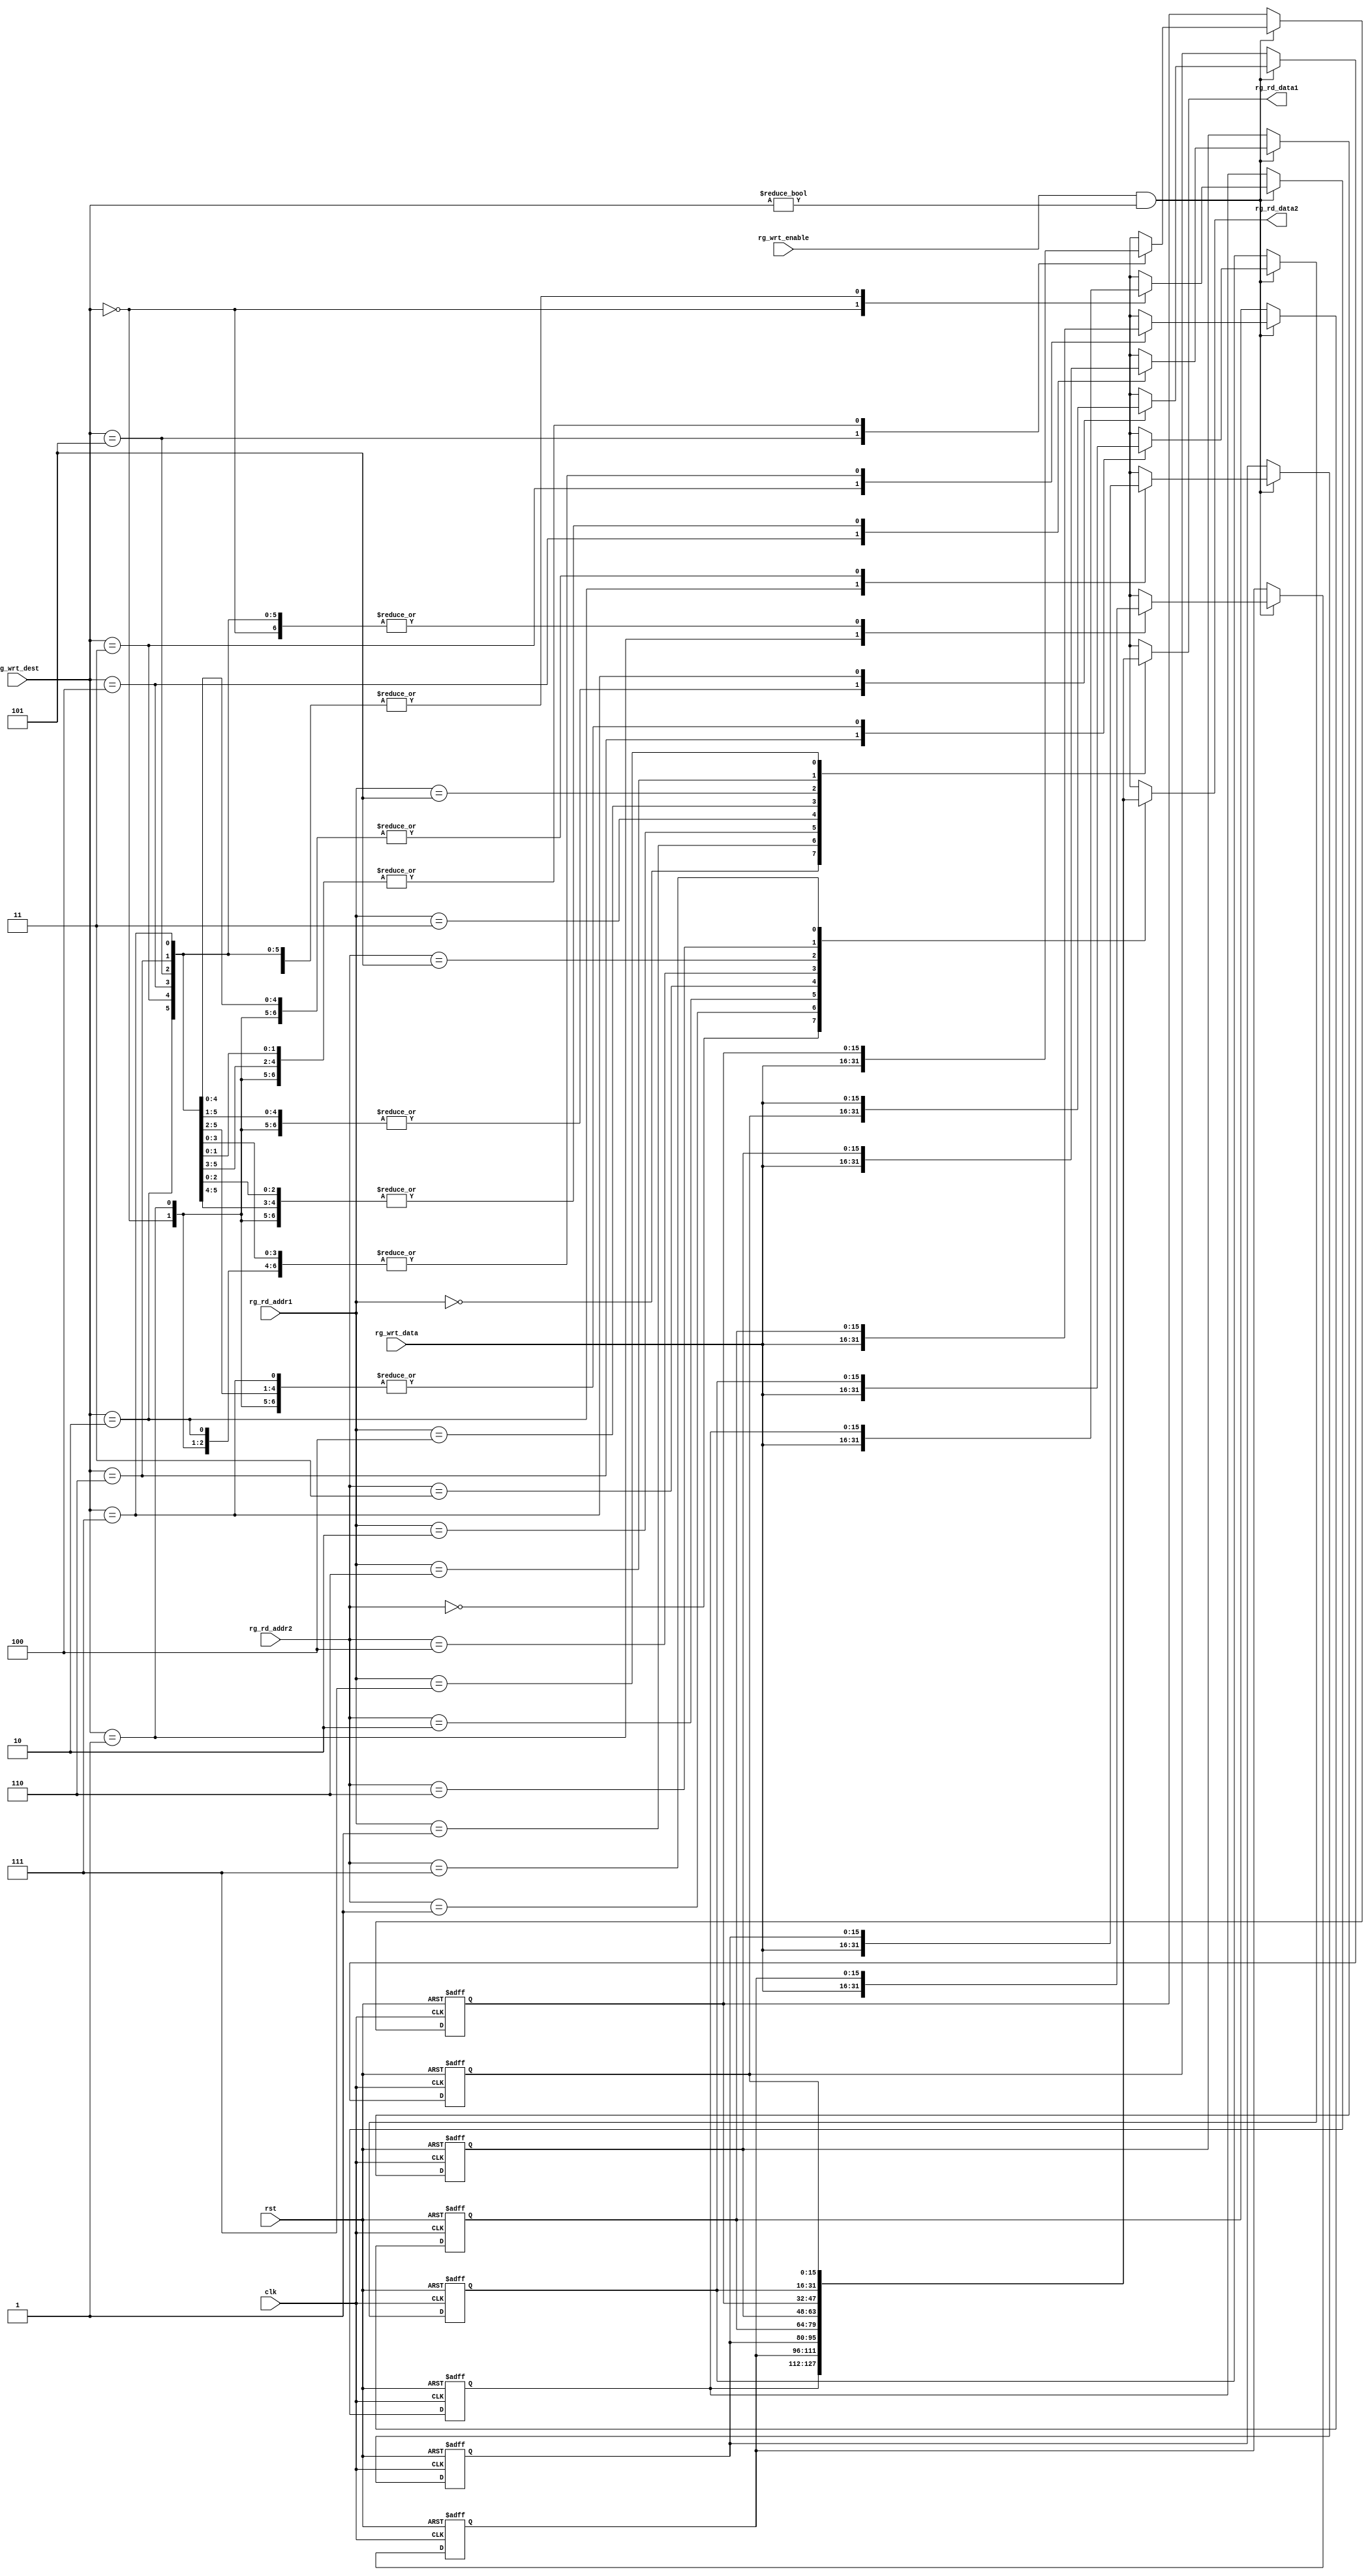
module reg_file(input clk, rst, input rg_wrt_enable, input[2:0]rg_wrt_dest,input[15:0] rg_wrt_data, 
				input[2:0] rg_rd_addr1,output[15:0] rg_rd_data1,input[2:0] rg_rd_addr2,output[15:0] rg_rd_data2
				);
				
				reg[15:0] registers[0:7];
				
				
				assign rg_rd_data1 = registers[rg_rd_addr1];
				assign rg_rd_data2 = registers[rg_rd_addr2];
				
				always@(posedge clk or posedge rst) begin
					if(rst==1'd1)begin
						registers[0]=16'd0;
						registers[1]=16'd0;
						registers[2]=16'd0;
						registers[3]=16'd0;
						registers[4]=16'd0;
						registers[5]=16'd0;
						registers[6]=16'd0;
						registers[7]=16'd0;
					end
					else begin
						if(rg_wrt_enable==1'b1 && rg_wrt_dest!=3'b000)begin
							registers[rg_wrt_dest] = rg_wrt_data;
						end
					end
				end
endmodule